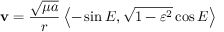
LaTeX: \mathbf { v } = { \frac { \sqrt { \mu a } } { r } } \left\langle - \sin { E } , { \sqrt { 1 - \varepsilon ^ { 2 } } } \cos { E } \right\rangle